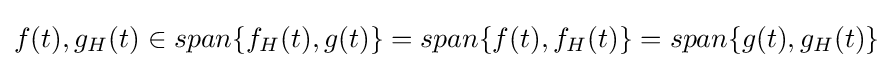
f(t),g_{H}(t)\in span\{f_{H}(t),g(t)\}=span\{f(t),f_{H}(t)\}=span\{g(t),g_{H}(t)\}